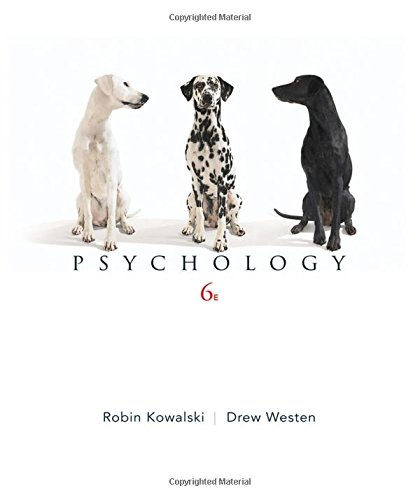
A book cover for Psychology; Robin M. Kowalski; Medical Books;